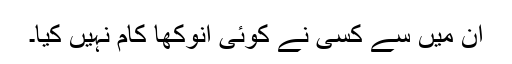
ان میں سے کسی نے کوئی انوکھا کام نہیں کیا۔